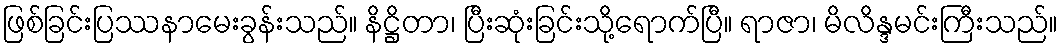
ဖြစ်ခြင်းပြဿနာမေးခွန်းသည်။ နိဋ္ဌိတာ၊ ပြီးဆုံးခြင်းသို့ရောက်ပြီ။ ရာဇာ၊ မိလိန္ဒမင်းကြီးသည်။